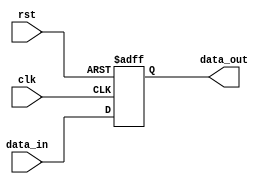
module Register (
    input wire clk,
    input wire rst,
    input wire [DATA_WIDTH-1:0] data_in,
    output reg [DATA_WIDTH-1:0] data_out
);

parameter DATA_WIDTH = 8; // Set data width to 8 bits

reg [DATA_WIDTH-1:0] reg_data; // Internal register data storage

always @(posedge clk or posedge rst) begin
    if (rst) begin
        reg_data <= 0; // Reset the register on positive edge of reset signal
    end else begin
        reg_data <= data_in; // Load input data to register on positive edge of clock signal
    end
end

assign data_out = reg_data; // Output the stored data

endmodule